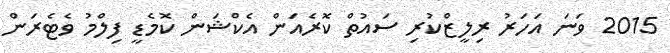
2015 ވަނަ އަހަރު ރިލީޒްކުރި ސައުތް ކޮރެއަން އެކްޝަން ކޮމެޑީ ފިލްމު ވެޓެރަން